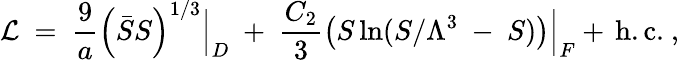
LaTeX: {\cal L}~=~\frac{9}{a}\left(\bar{S}S\right)^{1/3}\Big|_{D}~+~\frac{C_{2}}{3}\left(S\ln(S/\Lambda^{3}~-~S)\right)\Big|_{F}+\, \mathrm{h.c.}~,